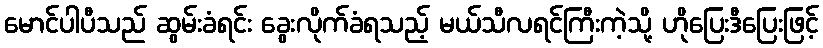
မောင်ပါပီသည် ဆွမ်းခံရင်း ခွေးလိုက်ခံရသည့် မယ်သီလရင်ကြီးကဲ့သို့ ဟိုပြေးဒီပြေးဖြင့်